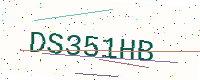
Text: DS351HB